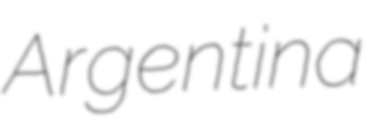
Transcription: Argentina